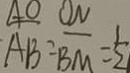
\frac { A O } { A B } = \frac { O N } { B M } = \frac { 1 } { 2 }